Vital statistics of India. Vol. VI, European troops 1870-79
Year: 1870
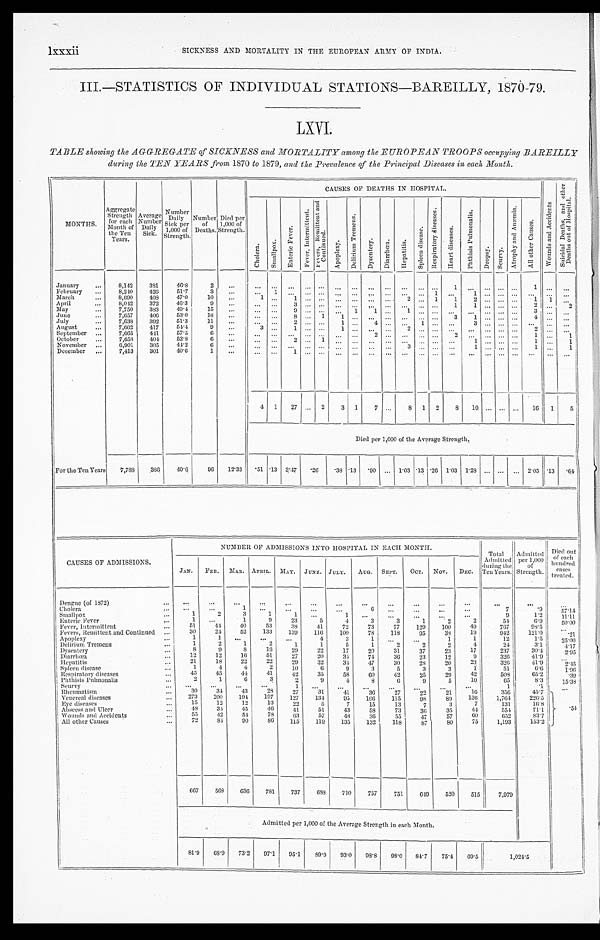
III.—STATISTICS OF INDIVIDUAL STATIONS—BAREILLY, 1870-79.
LXVI
TABLE showing the AGGREGATE of SICKNESS and MORTALITY among the EUROPEAN TROOPS occupying BAREILLY
during the TEN YEARS from 1870 to 1879, and the Prevalence of the Principal Diseases in each Month.
MONTHS.
Aggregate Strength for each
Month of
the Ten
Years.
Average Number Daily Sick.
Number Daily
Sick per
1,000 of
Strength.
Number of
Deaths.
Died per
1,000 of
Strength.
CAUSES OF DEATHS IN HOSPITAL.
W o u n d s a n d A c c i d e n t s
S u i c i d a l D e a t h s , a n d o t h e r D e a t h s o u t o f H o s p i t a l .
C h o l e r a . S m a l l p o x
E n t e r i c F e v e r .
F e v e r , I n t e r m i t t e n t .
F e v e r s , R e m i t t e n t a n d C o n t a i n e d .
A p o p l e x y .
D e l i r i u m T r e m e n s .
D y s e n t e r y . D i a r r h œ a . H e p a t i t i s .
S p l e e n d i s e a s e . R e s p i r a t o r y d i s e a s e s .
H e a r t d i s e a s e .
P h t h i s i s P u l m o n a l i s .
D r o p s y .
S c u r v y .
A t r o p h y a n d A n æ m i a .
A l l o t h e r C a u s e s .
January
8,142 381 46.8
2
1
1
February
8,240 426 51.7
3
1
1
1
March
8,690 408 47.0 10
1
1
2
1 1
2
1 1
April
8,042 372 46.3
9
3
1
1
2
2
May
7,750 383 49.4 15
9
1 1
1
3
June
7,657 406 53.0 18
8
1 1
3 1
4
July
7,638 392 51.3 11
2
1 4
1
3
August
7,662 417 54.4
9
3
1
1
2
2
September
7,665 441 57.5
6
2
2
1
1
October
7,658 404 52.8
6
2
1
1
1
1
November
6,901 305 44.2
6
3
1
1
1
December
7,413 301 40.6
1
1
4 1 27
2 3 1 7
8 1 2 8 10
16
1
5
D i e d p e r 1 , 0 0 0 o f t h e A v e r a g e S t r e n g t h .
For the Ten Years 7,788 386 49.6 96 12.33
. 5 1 . 1 3 3.47 . 2 6
. 3 8 . 1 3
. 9 0
1.03 . 1 3 . 2 6 1.03 1.28
2.05 .13
. 6 4
CAUSES OF ADMISSIONS.
NUMBER OF ADMISSIONS INTO HOSPITAL IN EACH MONTH.
Total
Admitted the
Ten Years.
d during
Admitted per 1,000
of
Strength.
Died
o u t o f e a c hh u n d r e d
cases
treated.
JAN. FEB MAR. APRIL. MAY. JUNE. JULY. AUG. SEPT. OCT. Nov. DEC.
Dengue (of 1872)
Cholera
1
6
7
.9
5 7 . 1 4
Smallpox
1 2
3
1
1
1
9
1.2
11.11
Enteric Fever
1
1
9
2 3
5
4
3
3
1
2
2
5 4
6 . 9
50.00
Fever, Intermittent
5 1 44 40
53
38
41
72 73
77 129 100
49
767
98.5
Fevers, Remittent and Continued
30
24 52 133 139 116 100
78 118
9 5 38
19
942
121.0
. 2 1
Apoplexy
1
1
4
3
1
1
1
12
1.5
25.00
Delirium Tremens
1
2
1
2
1
1
5
1
2
2
2
4
24
3.1
4.17
Dysentery
8
9
8 16 29
22
17
20
31
37
23
17
237
30.4
2.95
Diarrhœa
1 2 12 16 51
27
20
31
74
36
23
12
9
326
41.9
Hepatitis
21
18
22
22
29
32
34 47
30
28
20
23
326
41.9
2.45
Spleen disease
1
4
4
2 10
6
9
3
5
3
3
1
51
6.6
1.96
Respiratory diseases
4 5 45
44
4 1 42
35
58
60
42
25
29
42
508
65.2
. 3 9
Phthisis Pulmonalis
2
1
6
3
2
9
4
8
6
9
5
10
65
8 . 3
15.38
Scurvy
1
1
. 1
Rheumatism
30 34
43
28
27
31
41
36
27
22
21
1 6
356
45.7
. 5 4
Venereal diseases
273 200 194 197 127 134 95 106 115
98
89 136 1,761 226.5
Eye diseases 15
12
12
13
22
5
7
15
13
7
3
7
131
16.8
Abscess and Ulcer
48 34 45
46
41
51
43
58 73
36
35
44
554
71.1
W o u n d s a n d A c c i d e n t s .
55
42
54
78
63
57
48
36
55
47
57
6 0
652
8 3 . 7
Allother Causes 72
84 90
8 6 115 119 135 132 118
87
80 75 1,193
153.2
667 568 636 781 737 688 710 757 751 649 520 515 7,979
Admitted per 1,000 of the Average Strength in each Month.
8 1 . 9 68.9 73.2 97.1 95.1 89.9 93.0 98.8 98.0 84.7 75.4 69.5
1 , 0 2 4 . 5